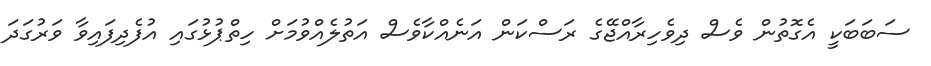
ސަބަބަކީ އެގޮތުން ވެސް ދިވެހިރާއްޖޭގެ ރަސްކަން އަނެއްކާވެސް އަތުލެއްވުމަށް ހިތްޕުޅުގައި އުފެދިފައިވާ ވަރުގަދަ